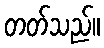
တတ်သည်။